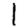
Digit: 1